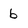
Character: b